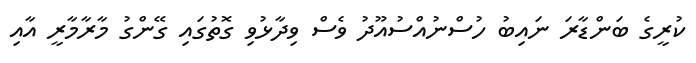
ކުރީގެ ބަންޑާރަ ނައިބު ހުސްނުއްސުއޫދު ވެސް ވިދާޅުވި ގޮތުގައި ގޭންގު މާރާމާރީ އާއި